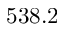
5 3 8 . 2